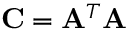
\mathbf { C } = \mathbf { A } ^ { T } \mathbf { A }